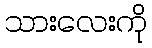
သားလေးကို